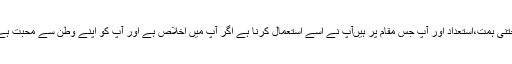
جتنی ہمت،استعداد اور آپ جس مقام پر ہیںآپ نے اُسے استعمال کرنا ہے اگر آپ میں اخلاص ہے اور آپ کو اپنے وطن سے محبت ہے۔